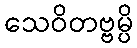
သေဝိတဗ္ဗမ္ပိ